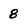
Character: 8